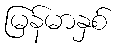
မြန်မာနှစ်